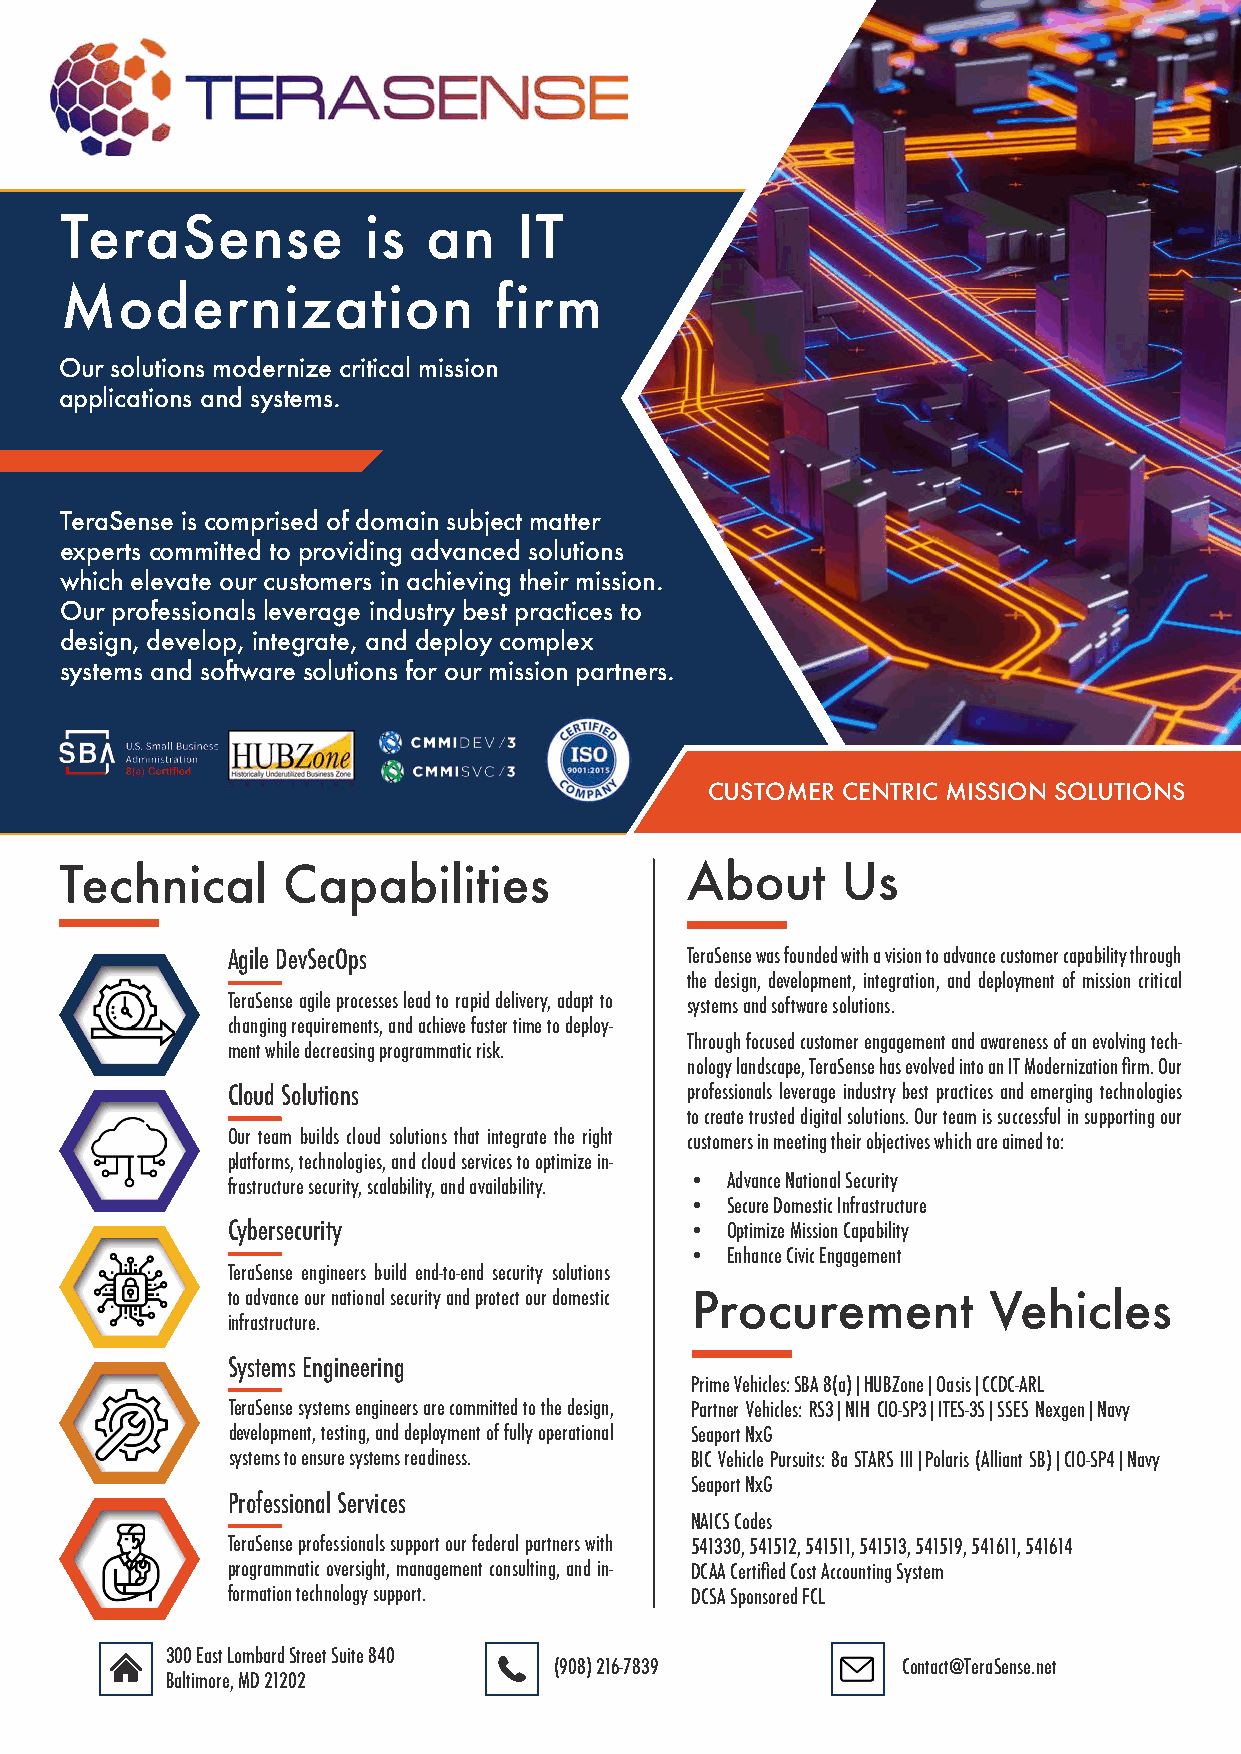
TeraSense           is  an    IT
 Modernization                firm
 Our solutions modernize critical mission
 applications and systems.
 TeraSense is comprised of domain subject matter
 experts committed to providing advanced solutions
 which elevate our customers in achieving their mission.
 Our professionals leverage industry best practices to
 design, develop, integrate, and deploy complex
 systems and software solutions for our mission partners.
 CUSTOMER CENTRIC MISSION SOLUTIONS
 Technical      Capabilities              About      Us
 Agile DevSecOps               TeraSense was founded with a vision to advance customer capability through
 the design, development, integration, and deployment of mission critical
 TeraSense agile processes lead to rapid delivery, adapt to systems and software solutions.
 changing requirements, and achieve faster time to deploy-
 Through focused customer engagement and awareness of an evolving tech-
 ment while decreasing programmatic risk.
 nology landscape, TeraSense has evolved into an IT Modernization firm. Our
 Cloud Solutions               professionals leverage industry best practices and emerging technologies
 to create trusted digital solutions. Our team is successful in supporting our
 Our team builds cloud solutions that integrate the right customers in meeting their objectives which are aimed to:
 platforms, technologies, and cloud services to optimize in-
 • Advance National Security
 frastructure security, scalability, and availability.
 • Secure Domestic Infrastructure
 Cybersecurity                  • Optimize Mission Capability
 • Enhance Civic Engagement
 TeraSense engineers build end-to-end security solutions
 to advance our national security and protect our domestic Procurement Vehicles
 infrastructure.
 Systems Engineering
 Prime Vehicles: SBA 8(a)|HUBZone|Oasis|CCDC-ARL
 TeraSense systems engineers are committed to the design, Partner Vehicles: RS3|NIH CIO-SP3|ITES-3S|SSES Nexgen|Navy
 development, testing, and deployment of fully operational Seaport NxG
 systems to ensure systems readiness. BIC Vehicle Pursuits: 8a STARS III|Polaris (Alliant SB)|CIO-SP4|Navy
 Seaport NxG
 Professional Services
 NAICS Codes
 TeraSense professionals support our federal partners with 541330, 541512, 541511, 541513, 541519, 541611, 541614
 programmatic oversight, management consulting, and in- DCAA Certified Cost Accounting System
 formation technology support.  DCSA Sponsored FCL
 300 East Lombard Street Suite 840
 (908)216-7839          Contact@TeraSense.net
 Baltimore, MD 21202